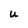
Character: U